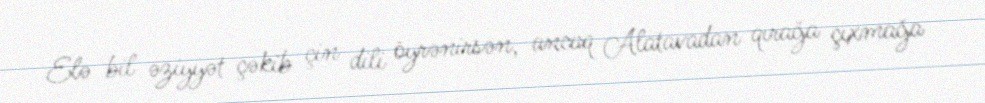
Elə bil əziyyət çəkib çin dili öyrənirsən, ancaq Alatavadan qırağa çıxmağa